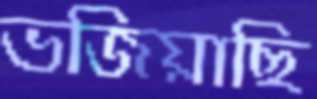
ভজিয়াছি